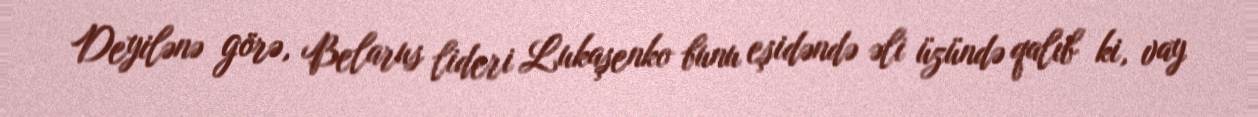
Deyilənə görə, Belarus lideri Lukaşenko bunu eşidəndə əli üzündə qalıb ki, vay